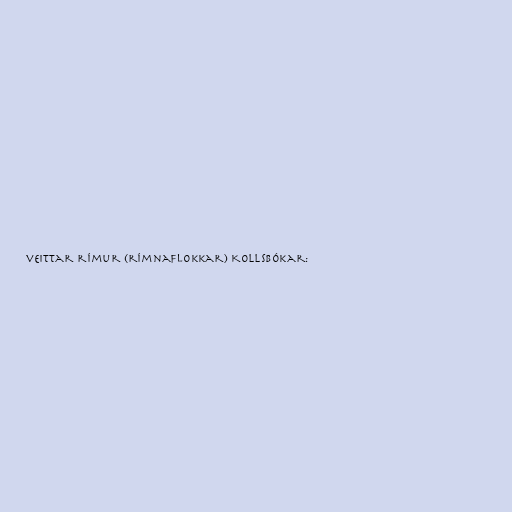
veittar rímur (rímnaflokkar) Kollsbókar: